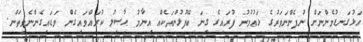
އަޅުގަނޑުމެންނަށް ނުފެންނަވަރުގެ ޅަޢުމުރު ފުރައިގެ ގިނަ ބޭފުޅުންތަކެއް އިނާމު ޙާޞިލު ކުރައްވައިގެން ވަޑައިގެންނެވިތަން.